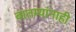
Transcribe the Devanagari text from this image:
बातम्यांनाही